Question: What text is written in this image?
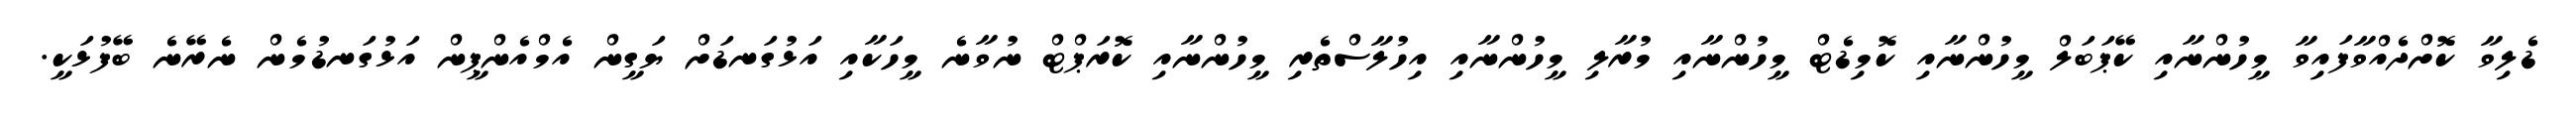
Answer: ޑެލިވާ ކޮށްދެއްވާފައިވާ މީހުންނާއި ކޭޕަބަލް މީހުންނާއި ކޮމިޑެޓް މީހުންނާއި މުރާލި މީހުންނާއި އިހުލާސްތެރި މީހުންނާއި ކޮރަޕްޓް ނުވާނެ މީހަކާއި އަޅުގަނޑަށް ޔަގީން އެމްއެންޕީން އަޅުގަނޑުމެން ނެރޭނެ ބޭފުޅަކީ.